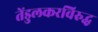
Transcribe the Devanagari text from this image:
तेंडुलकरविरुद्ध